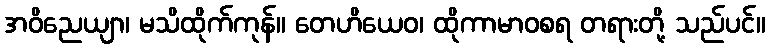
အဝိညေယျာ၊ မသိထိုက်ကုန်။ တေဟိယေဝ၊ ထိုကာမာဝစရ တရားတို့ သည်ပင်။